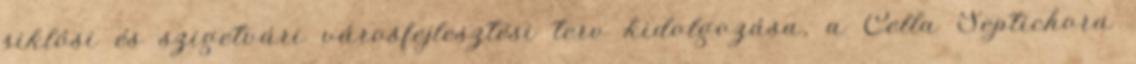
siklósi és szigetvári városfejlesztési terv kidolgozása, a Cella Septichora